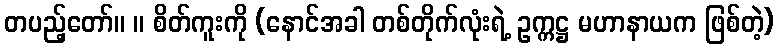
တပည့်တော်။ ။ စိတ်ကူးကို (နောင်အခါ တစ်တိုက်လုံးရဲ့ ဥက္ကဋ္ဌ မဟာနာယက ဖြစ်တဲ့)